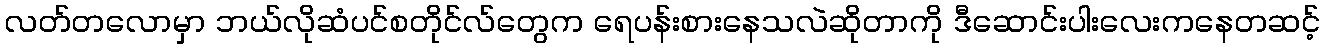
လတ်တလောမှာ ဘယ်လိုဆံပင်စတိုင်လ်တွေက ရေပန်းစားနေသလဲဆိုတာကို ဒီဆောင်းပါးလေးကနေတဆင့်